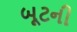
બૂટની